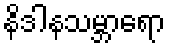
နိဒါနသမ္ဘာရော